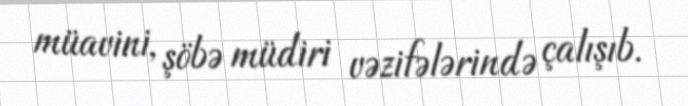
müavini, şöbə müdiri vəzifələrində çalışıb.